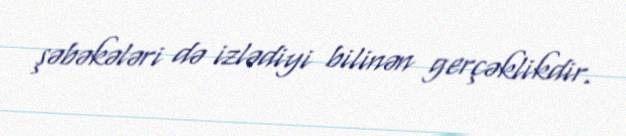
şəbəkələri də izlədiyi bilinən gerçəklikdir.